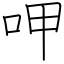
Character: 呷